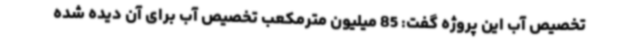
تخصیص آب این پروژه گفت: 85 میلیون مترمکعب تخصیص آب برای آن دیده شده